Newspaper: The Salt Lake herald. [volume]
Place of publication: Salt Lake City [Utah]
Publisher: [W.C. Dunbar & E.L. Sloan]
Date: 1880-06-02 00:00:00
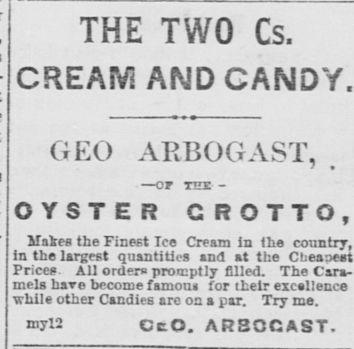
Advertisement text (OCR):
I I I THE TWO Cs CREAM AND CANDY GEO ARBOGAST or TEE OYSTER CROTTO Makes the Finest Ice Cream in the country in the largest quantities and at the Cheapee Price All orders promptly filled The Cara mels bare become famous for their excellence while other Candies are on a par Try me myI2 CcO ARSOCAST
Label: text-only